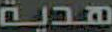
هدية